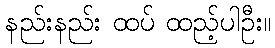
နည်းနည်း ထပ် ထည့်ပါဦး။